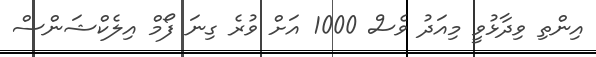
އިންތި ވިދާޅުވީ މިއަދު ވެސް 1000 އަށް ވުރެ ގިނަ ފޯމް އިލެކްޝަންސް